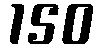
150